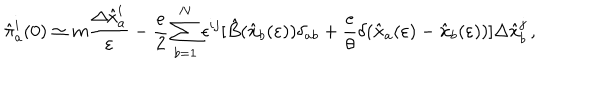
LaTeX: { \hat { \pi } } _ { a } ^ { i } ( 0 ) \simeq m { \frac { \Delta { \hat { x } } _ { a } ^ { i } } { \varepsilon } } - { \frac { e } { 2 } } \sum _ { b = 1 } ^ { N } \epsilon ^ { i j } [ { \hat { B } } ( { \hat { \bf x } } _ { b } ( \varepsilon ) ) \delta _ { a b } + { \frac { e } { \theta } } \delta ( { \hat { \bf x } } _ { a } ( \varepsilon ) - { \hat { \bf x } } _ { b } ( \varepsilon ) ) ] \Delta { \hat { x } } _ { b } ^ { j } \, ,